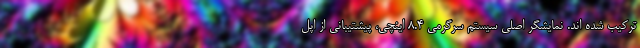
ترکیب شده اند. نمایشگر اصلی سیستم سرگرمی 8.4 اینچی، پیشتیبانی از اپل